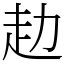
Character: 赲